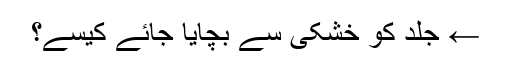
← جلد کو خشکی سے بچایا جائے کیسے؟